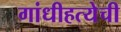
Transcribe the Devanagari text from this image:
गांधीहत्येची